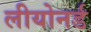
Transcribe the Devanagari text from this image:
लीयोनर्ड